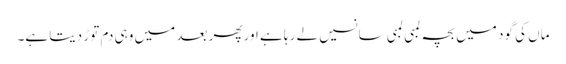
ماں کی گود میں بچہ لمبی لمبی سانسیں لے رہا ہے اور پھر بعد میں وہی دم توڑ دیتا ہے۔